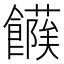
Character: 𩞶